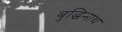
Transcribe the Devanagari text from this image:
बुद्धिनाथ